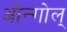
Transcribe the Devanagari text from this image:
ओन्गोल्